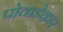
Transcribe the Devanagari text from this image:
पोवाडेकार